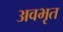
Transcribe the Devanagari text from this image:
अवभृत